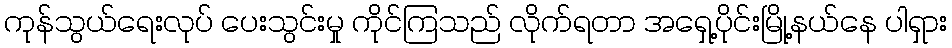
ကုန်သွယ်ရေးလုပ် ပေးသွင်းမှု ကိုင်ကြသည် လိုက်ရတာ အရှေ့ပိုင်းမြို့နယ်နေ ပါရှား